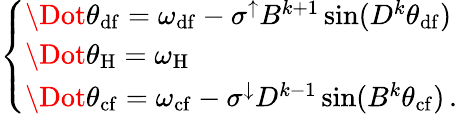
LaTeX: \begin{array}{r}{\left\{ \begin{array}{ll}{\Dot{\theta}_{\mathrm{df}}=\omega_{\mathrm{df}}-\sigma^{\uparrow}B^{k+1}\sin(D^{k}\theta_{\mathrm{df}})}\\ {\Dot{\theta}_{\mathrm{H}}=\omega_{\mathrm{H}}}\\ {\Dot{\theta}_{\mathrm{cf}}=\omega_{\mathrm{cf}}-\sigma^{\downarrow}D^{k-1}\sin(B^{k}\theta_{\mathrm{cf}})\, .}\end{array}\right.}\end{array}